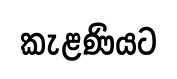
කැළණියට